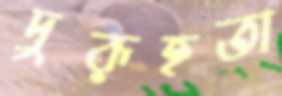
দুরূহতা